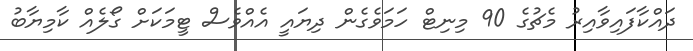
ދައްކާފައިވާއިރު މެޗުގެ 90 މިނިޓް ހަމަވެގެން ދިޔައީ އެއްވެސް ޓީމަކަށް ގޯލެއް ކާމިޔާބު